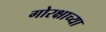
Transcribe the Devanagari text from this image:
गोरक्षाच्या